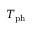
T _ { \mathrm { p h } }